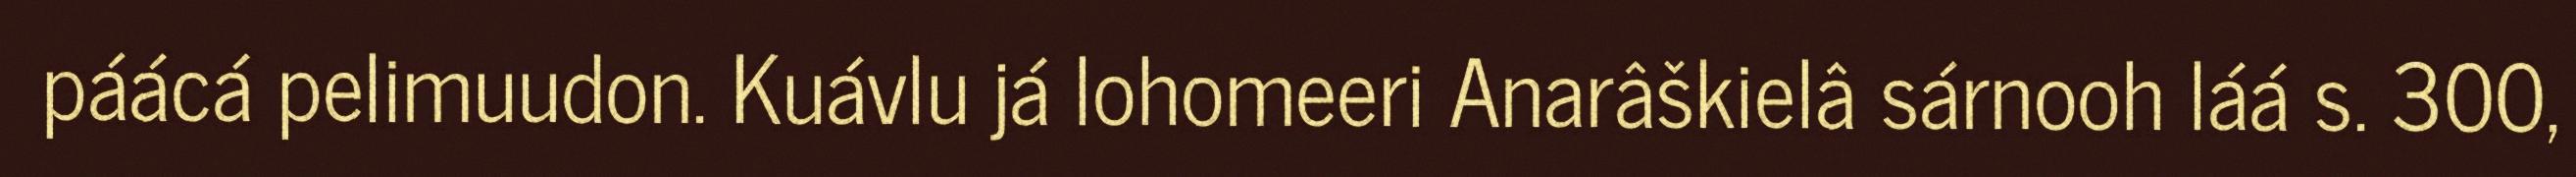
páácá pelimuudon. Kuávlu já lohomeeri Anarâškielâ sárnooh láá s. 300,